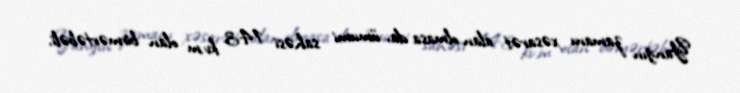
Yanğın zamanı xəsarət alan olmasa da, ümumi sahəsi 143 kv.m olan birmərtəbəli,